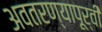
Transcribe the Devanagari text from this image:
अवतरण्यापूर्वी